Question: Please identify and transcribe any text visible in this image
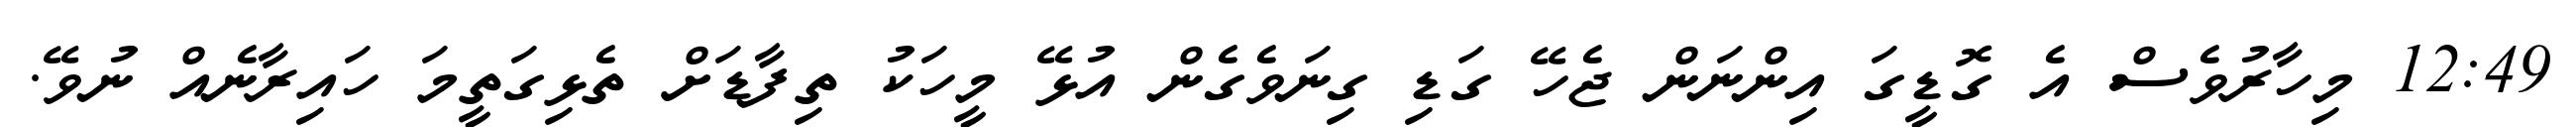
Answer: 12:49 މިހާރުވެސް އެ ގޮޑީގަ އިންނަން ޖެހޭ ގަޑި ގިނަވެގެން އުޅޭ މީހަކު ތިފާޑަށް ތެޅިގަތީމަ ހައިރާނެއް ނުވޭ.